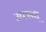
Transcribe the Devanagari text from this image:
उप्लब्ध्